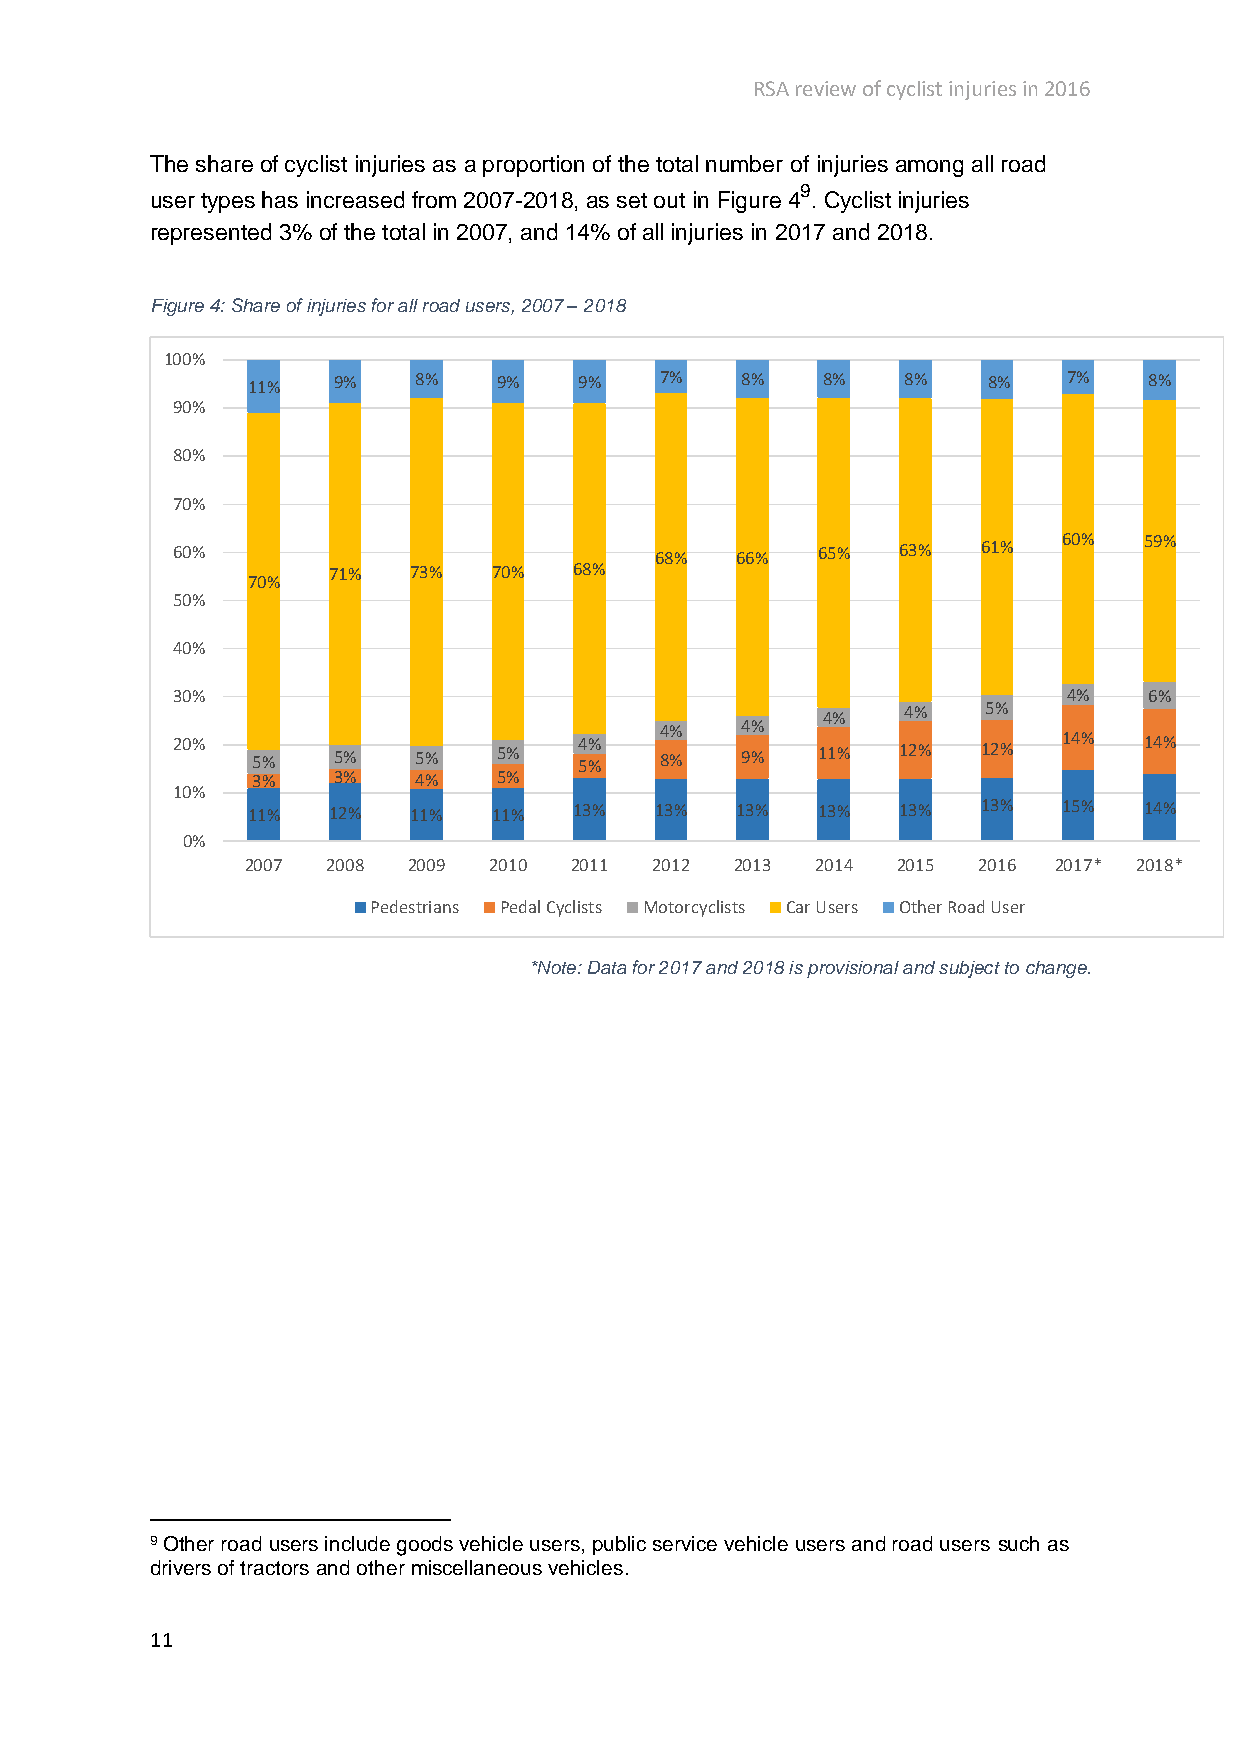
RSA review of cyclist injuries in 2016
 The share of cyclist injuries as a proportion of the total number of injuries among all road
 9
 user types has increased from 2007-2018, as set out in Figure 4 . Cyclist injuries
 represented 3% of the total in 2007, and 14% of all injuries in 2017 and 2018.
 Figure 4: Share of injuries for all road users, 2007 – 2018
 100%
 11%   9%   8%    9%   9%    7%   8%   8%    8%   8%    7%   8%
 90%
 80%
 70%
 60%                             68%   66%  65%   63%  61%  60%   59%
 71%  73%   70%  68%
 70%
 50%
 40%
 30%                                                         4%   6%
 4%    4%   5%
 4%   4%
 20%   5%   5%   5%    5%   54 %% 8%   9%   11%   12%  12%  14%   14%
 3%   3%   4%    5%
 10%
 11%   12%  11%   11%  13%  13%   13%  13%   13%  13%  15%   14%
 0%
 2007  2008 2009 2010  2011 2012  2013 2014 2015  2016 2017* 2018*
 Pedestrians Pedal Cyclists Motorcyclists Car Users Other Road User
 *Note: Data for 2017 and 2018 is provisional and subject to change.
 9 Other road users include goods vehicle users, public service vehicle users and road users such as
 drivers of tractors and other miscellaneous vehicles.
 11